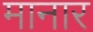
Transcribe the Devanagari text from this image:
मानार